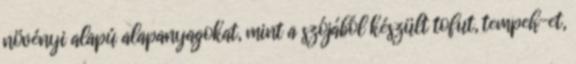
növényi alapú alapanyagokat, mint a szójából készült tofut, tempeh-et,